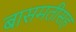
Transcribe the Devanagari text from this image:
बासमतीसह